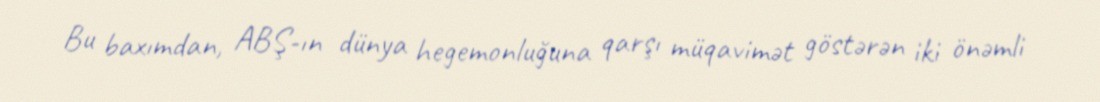
Bu baxımdan, ABŞ-ın dünya hegemonluğuna qarşı müqavimət göstərən iki önəmli